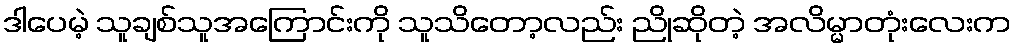
ဒါပေမဲ့ သူချစ်သူအကြောင်းကို သူသိတော့လည်း ညိုဆိုတဲ့ အလိမ္မာတုံးလေးက